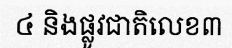
៤ និងផ្លូវជាតិលេខ៣